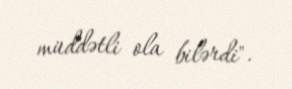
müddətli ola bilərdi".